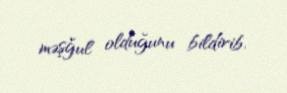
məşğul olduğunu bildirib.